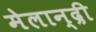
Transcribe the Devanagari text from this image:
मेलान्द्री